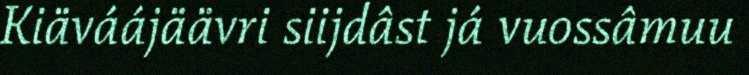
Kiäváájäävri siijdâst já vuossâmuu